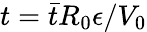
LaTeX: t=\bar{t}R_{0}{\epsilon}/V_{0}